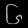
Digit: ၆